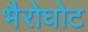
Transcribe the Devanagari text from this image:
भैरोघोट